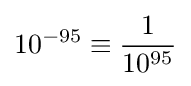
10^{-95}\equiv {\frac {1}{10^{95}}}